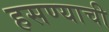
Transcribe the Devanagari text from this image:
हसण्याची